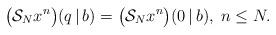
LaTeX: \begin{align*}\bigl(\mathcal{S}_N x^n\bigr)(q\,|\,b) = \bigl(\mathcal{S}_N x^n\bigr)(0\,|\,b),\; n\leq N.\end{align*}